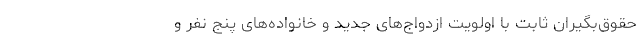
حقوق‌بگیران ثابت با اولویت ازدواج‌های جدید و خانواده‌های پنج نفر و